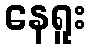
နေရူး